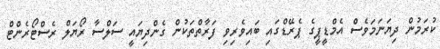
ކުރަމުން ދިޔަނަމަވެސް އެމްޑީޕީގެ ޕެރޭޑްގައި ބައިވެރިވި ފަރާތްތަކުން ގެންދިޔައީ ސަލްސާ ރޯޔަލް ރެސްޓޯރެންޓް